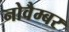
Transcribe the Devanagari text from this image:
नोवैम्बर